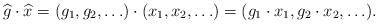
LaTeX: \begin{align*}\widehat g \cdot \widehat x=(g_1,g_2,\ldots) \cdot (x_1, x_2, \ldots )=(g_1 \cdot x_1, g_2 \cdot x_2, \ldots).\end{align*}